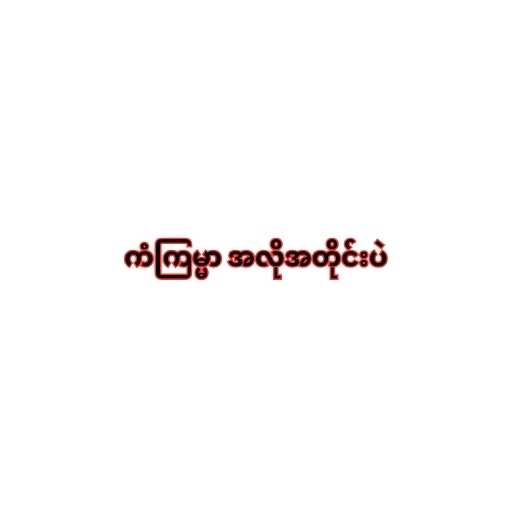
ကံကြမ္မာ အလိုအတိုင်းပဲ